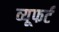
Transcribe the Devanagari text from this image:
व्यूफर्ट